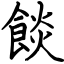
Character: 餤